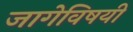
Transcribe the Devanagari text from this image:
जागेविषयी